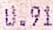
0.91